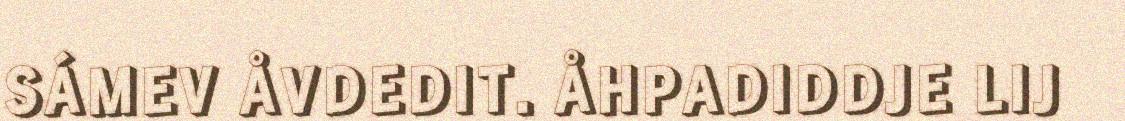
SÁMEV ÅVDEDIT. ÅHPADIDDJE LIJ